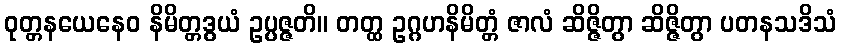
ဝုတ္တနယေနေဝ နိမိတ္တဒွယံ ဥပ္ပဇ္ဇတိ။ တတ္ထ ဥဂ္ဂဟနိမိတ္တံ ဇာလံ ဆိဇ္ဇိတွာ ဆိဇ္ဇိတွာ ပတနသဒိသံ